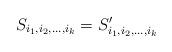
LaTeX: \begin{align*} S_{i_1,i_2,\dots,i_k}= S'_{i_1,i_2,\dots,i_k} \end{align*}